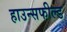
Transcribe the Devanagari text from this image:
हाउन्सफील्ड